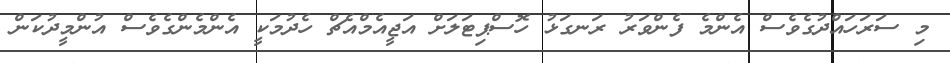
މި ސަރަހައްދުގެވެސް އެންމެ ފެންވަރު ރަނގަޅު ހޮސްޕިޓަލަށް އަޖީއެމްއެޗް ހެދުމަކީ އެންމެންގެވެސް އުންމީދުކަން